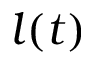
l ( t )